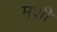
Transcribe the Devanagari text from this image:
मशी